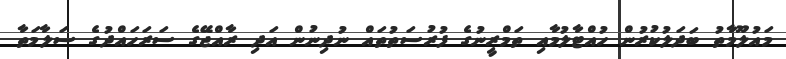
މައުލޫމާތު ބަދަލުކުރުން ހުއްޓާލުމާއި ތަމްރީނުގެ ފުރުސަތުތައް ނުދިނުން އަދި ރާއްޖޭގެ ސަރަހައްދުގެ ސަލާމަތާ